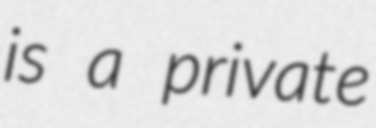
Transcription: is a private